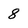
Character: 8